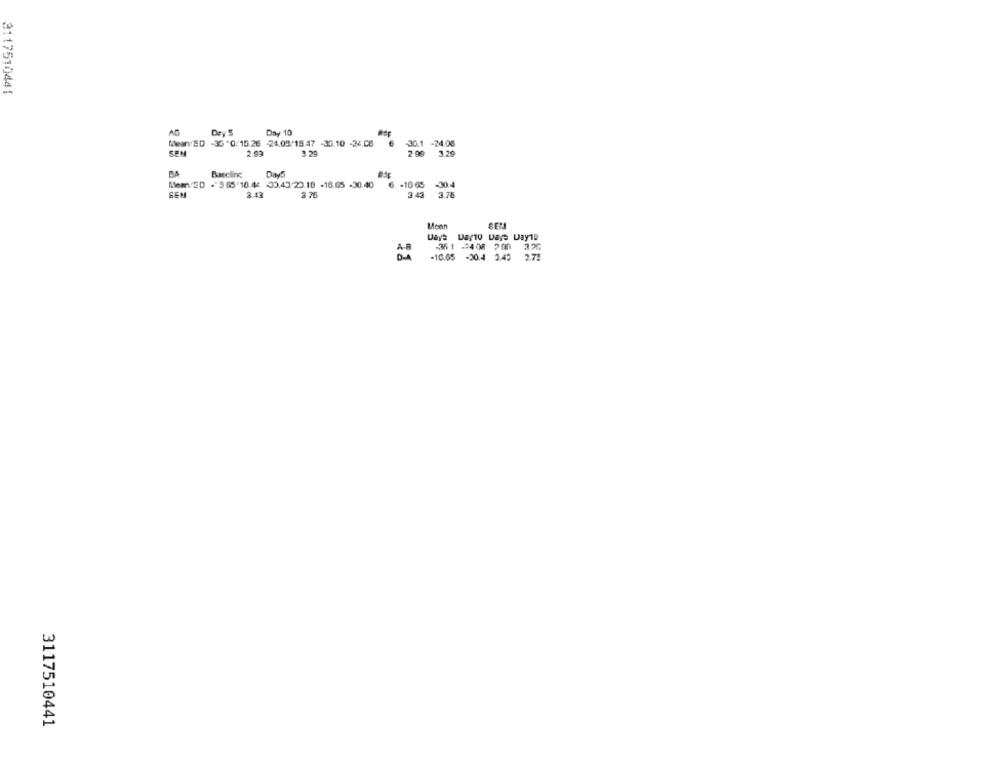
3117510441
AB
Day 10
Mean ED -35'0/15.26 -24.03/15.47 -36.10 -24.08
36.1 -24.06
SEM
3 .29
2 90
3.29
Barcline
-30.4
Means'ED - 8 65'10.46 <0.43 20.18 -16.65 -30.40
-16 65
SEM
3.43
3 76
3 43
3.76
Moan
Days Dayto Days Day19
351 -408 700
-10.05 -30.4 3.42
2.71
3117510441